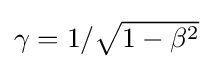
{\textstyle \gamma ={1}/{\sqrt {1-\beta ^{2}}}}